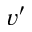
v ^ { \prime }